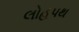
લોહપથ